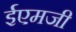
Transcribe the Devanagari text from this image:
ईएमजी